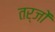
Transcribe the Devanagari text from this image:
तर्जों